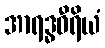
အာရဒ္ဓဝီရိယံ